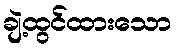
ချဲ့ထွင်ထားသော